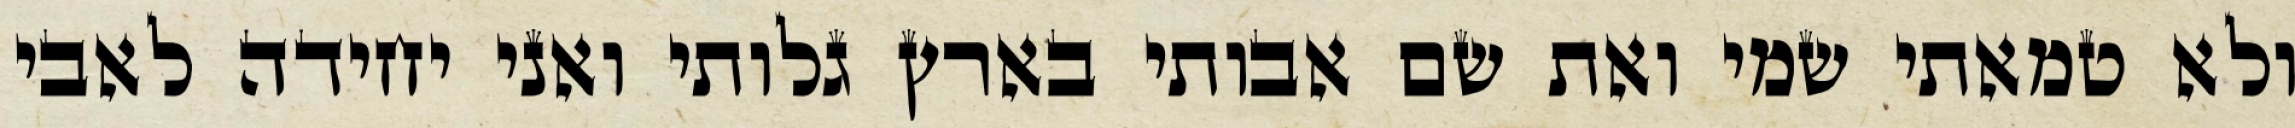
ולא טמאתי שמי ואת שם אבותי בארץ גלותי ואני יחידה לאבי